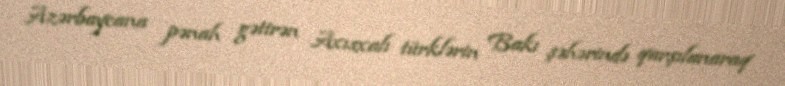
Azərbaycana pənah gətirən Axısxalı türklərin Bakı şəhərində qarşılanaraq